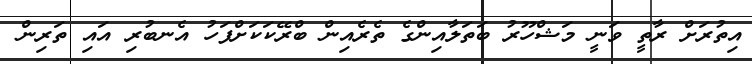
އިތުރަށް ރާތީ ވަނީ މަޝްހޫރު ބަތަލާއިންގެ ތެރެއިން ބްރޭކަކަށްފަހު އެނބުރި އައި ތަރިން